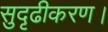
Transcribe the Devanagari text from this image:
सुदृढीकरण।